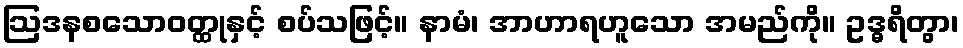
ဩဒနစသောဝတ္ထုနှင့် စပ်သဖြင့်။ နာမံ၊ အာဟာရဟူသော အမည်ကို။ ဥဒ္ဓရိတွာ၊